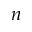
n